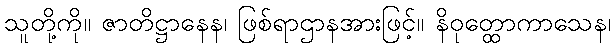
သူတို့ကို။ ဇာတိဋ္ဌာနေန၊ ဖြစ်ရာဌာနအားဖြင့်။ နိဝုတ္ထောကာသေန၊